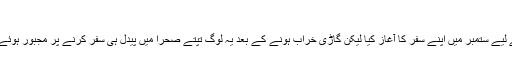
صحرائے اعظم سے تارکین وطن کی 90 لاشیں برآمد
باور کیا جاتا ہے کہ نائیجر سے تعلق رکھنے والے ان افراد نے الجزائر کے لیے ستمبر میں اپنے سفر کا آغاز کیا لیکن گاڑی خراب ہونے کے بعد یہ لوگ تپتے صحرا میں پیدل ہی سفر کرنے پر مجبور ہوئے اور بالآخر پیاس اور گرمی سے اکتوبر میں کسی وقت ان کی ہلاکت ہوئی۔